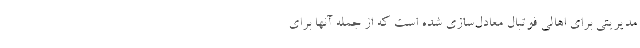
مدیریتی برای اهالی فوتبال معادل‌سازی شده است که از جمله آنها برای